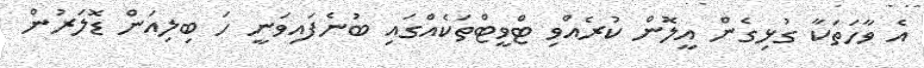
އެ ވާހަތަކާ ގުޅިގެން އީލޮން ކުރެއްވި ޓްވީޓްތަކެއްގައި ބުނެފައިވަނީ ހަ ބިލިއަން ޑޮލަރުން